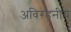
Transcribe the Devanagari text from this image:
अविरहनीय